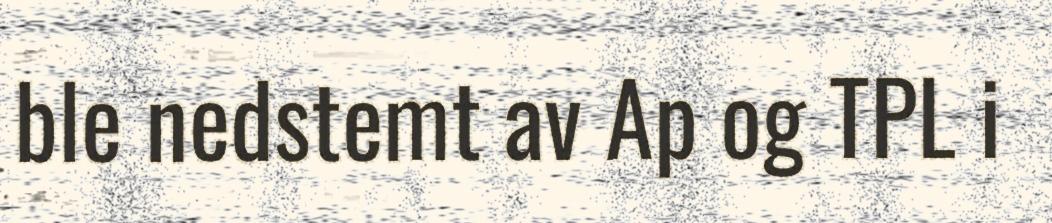
ble nedstemt av Ap og TPL i